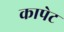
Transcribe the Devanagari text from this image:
कापेट